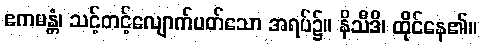
ဧကမန္တံ၊ သင့်တင့်လျောက်ပတ်သော အရပ်၌။ နိသီဒိ၊ ထိုင်နေ၏။